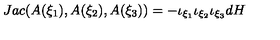
J a c ( A ( \xi _ { 1 } ) , A ( \xi _ { 2 } ) , A ( \xi _ { 3 } ) ) = - \iota _ { \xi _ { 1 } } \iota _ { \xi _ { 2 } } \iota _ { \xi _ { 3 } } d H